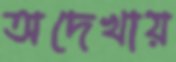
অদেখায়